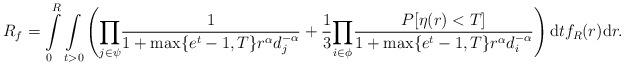
LaTeX: \begin{align*} R_f = \int\limits_{0}^{R}\underset{t>0}\int\left(\underset{j \in \psi}\prod\frac{1}{1+\max\{e^t-1,T\} r^\alpha d_j^{-\alpha}}+\frac{1}{3}\underset{i \in \phi}\prod\frac{P[\eta(r)<T]}{1+\max\{e^t-1,T\}r^\alpha d_i^{-\alpha}}\right)\mathrm{d}tf_R(r)\mathrm{d}r.\end{align*}